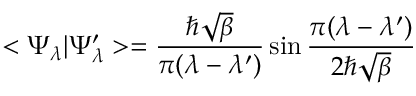
< \Psi _ { \lambda } \vert \Psi _ { \lambda } ^ { \prime } > = \frac { \hbar \sqrt { \beta } } { \pi ( \lambda - \lambda ^ { \prime } ) } \sin { \frac { \pi ( \lambda - \lambda ^ { \prime } ) } { 2 \hbar \sqrt { \beta } } }